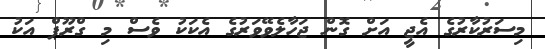
މިސަރުކާރުގެ އެޖީ އަށް ގޮން ޖަހާލެވޭވަރުގެ އެކަކު ވެސް މި ގްރޫޕް އަކު